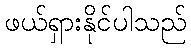
ဖယ်ရှားနိုင်ပါသည်